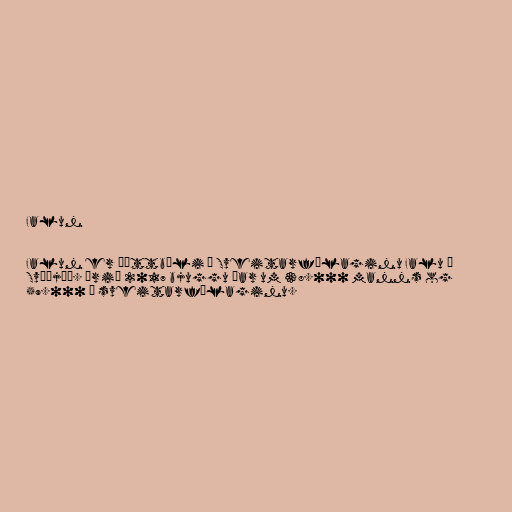
Falun

Falun er þéttbýli í Sveitarfélaginu Falu í
Svíþjóð. Árið 2017 bjuggu þar um 38.000 manns og
59.000 í sveitarfélaginu.